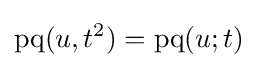
\operatorname {pq} (u,t^{2})=\operatorname {pq} (u;t)